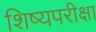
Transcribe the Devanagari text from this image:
शिष्यपरीक्षा